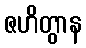
ဇဟိတွာန